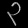
Digit: ၃